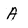
Character: A